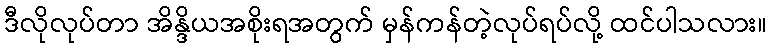
ဒီလိုလုပ်တာ အိန္ဒိယအစိုးရအတွက် မှန်ကန်တဲ့လုပ်ရပ်လို့ ထင်ပါသလား။